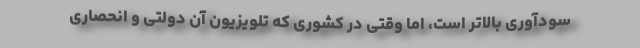
سودآوریِ بالاتر است، اما وقتی در کشوری که تلویزیونِ آن دولتی و انحصاری